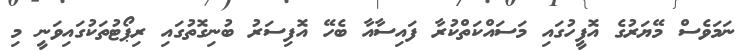
ނަމަވެސް މޭޔަރުގެ އޮފީހުގައި މަސައްކަތްކުރާ ފައިސާއާ ބެހޭ އޮފިސަރު ބުނިގޮތުގައި ރިޕޯޓުތަކުގައިވަނީ މި